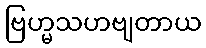
ဗြဟ္မသဟဗျတာယ